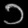
Digit: ၁